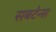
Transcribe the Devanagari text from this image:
सबटेन्स